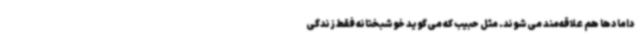
دامادها هم علاقه‌مند می‌شوند. مثل حبیب که می‌گوید خوشبختانه فقط زندگی